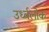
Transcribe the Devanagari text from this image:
उर्ध्वलोक